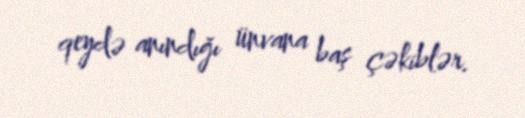
qeydə anındığı ünvana baş çəkiblər.